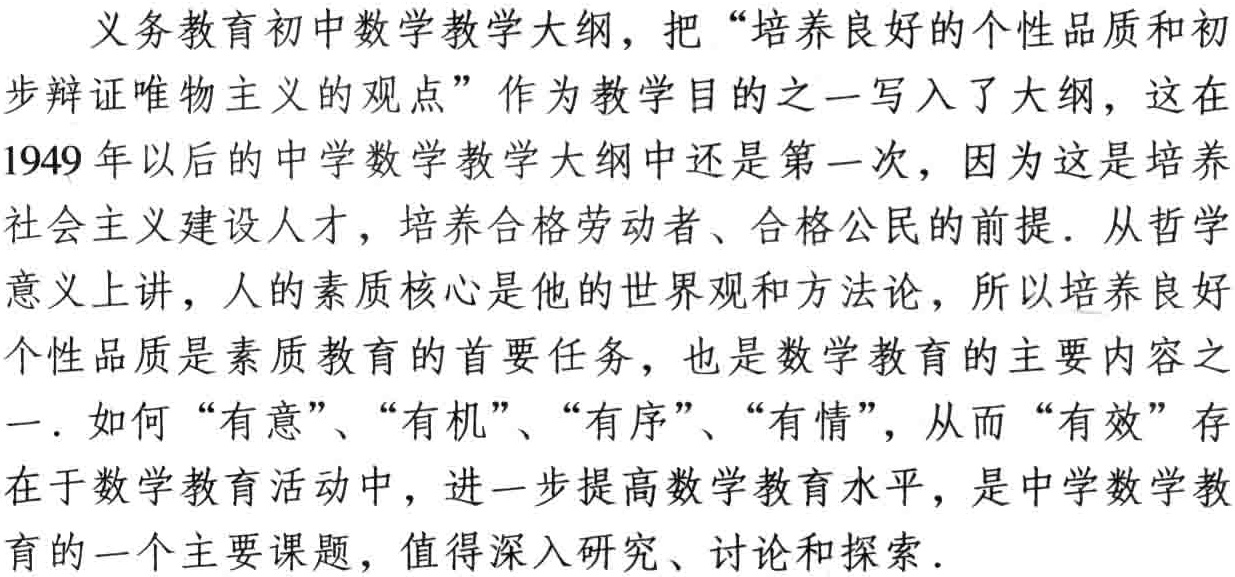
义务教育初中数学教学大纲，把“培养良好的个性品质和初步辩证唯物主义的观点”作为教学目的之一写入了大纲，这在1949年以后的中学数学教学大纲中还是第一次，因为这是培养社会主义建设人才，培养合格劳动者、合格公民的前提．从哲学意义上讲，人的素质核心是他的世界观和方法论，所以培养良好个性品质是素质教育的首要任务，也是数学教育的主要内容之一．如何“有意”、“有机”、“有序”、“有情”，从而“有效”存在于数学教育活动中，进一步提高数学教育水平，是中学数学教育的一个主要课题，值得深入研究、讨论和探索．